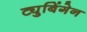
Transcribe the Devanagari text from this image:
ट्युबिंगेन